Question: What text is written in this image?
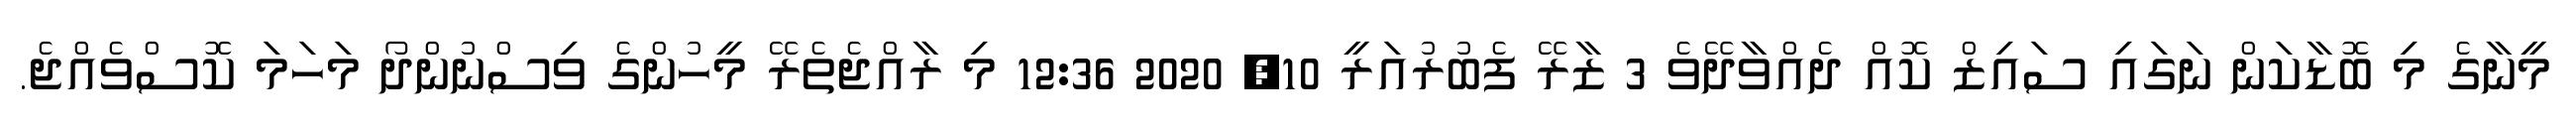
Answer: މީނާގެ މި ބޮޑާކަން ނަގައި ސައިޒް ކޮއް ދެއްވާދޭވެ 3 ޒާރޭ ފެބުރުއަރީ 10, 2020 12:36 މި ރާއްޖެތެރޭ މީހުންގެ ވިސްނުންދޯ މަހަމަ ކޮސްވެއްޖެ.